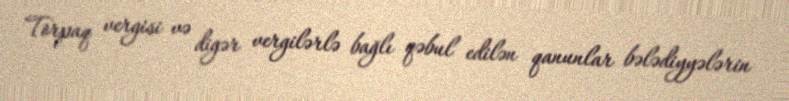
Torpaq vergisi və digər vergilərlə bağlı qəbul edilən qanunlar bələdiyyələrin